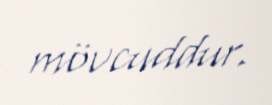
mövcuddur.